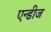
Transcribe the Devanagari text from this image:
एन्डीज